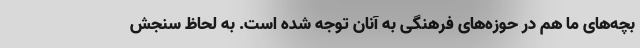
بچه‌های ما هم در حوزه‌های فرهنگی به آنان توجه شده است. به لحاظ سنجش